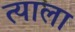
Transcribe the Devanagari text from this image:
त्‍याला